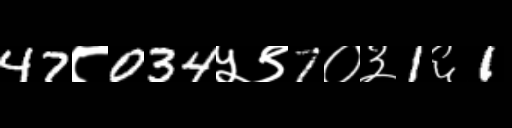
Text: 47८034५९7०३1६1